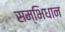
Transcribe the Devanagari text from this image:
सम्भिधान